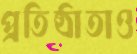
প্রতিষ্ঠাতাও